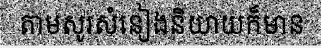
តាមសូរសំនៀងនិយាយក៏មាន